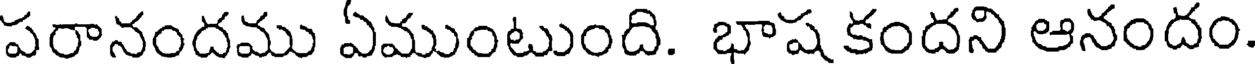
పరానందము ఏముంటుంది. భాష కందని ఆనందం.